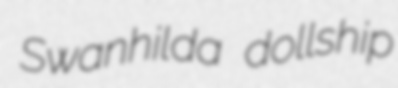
Swanhilda dollship